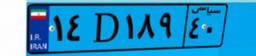
۱۵D۹۶۶۵۵